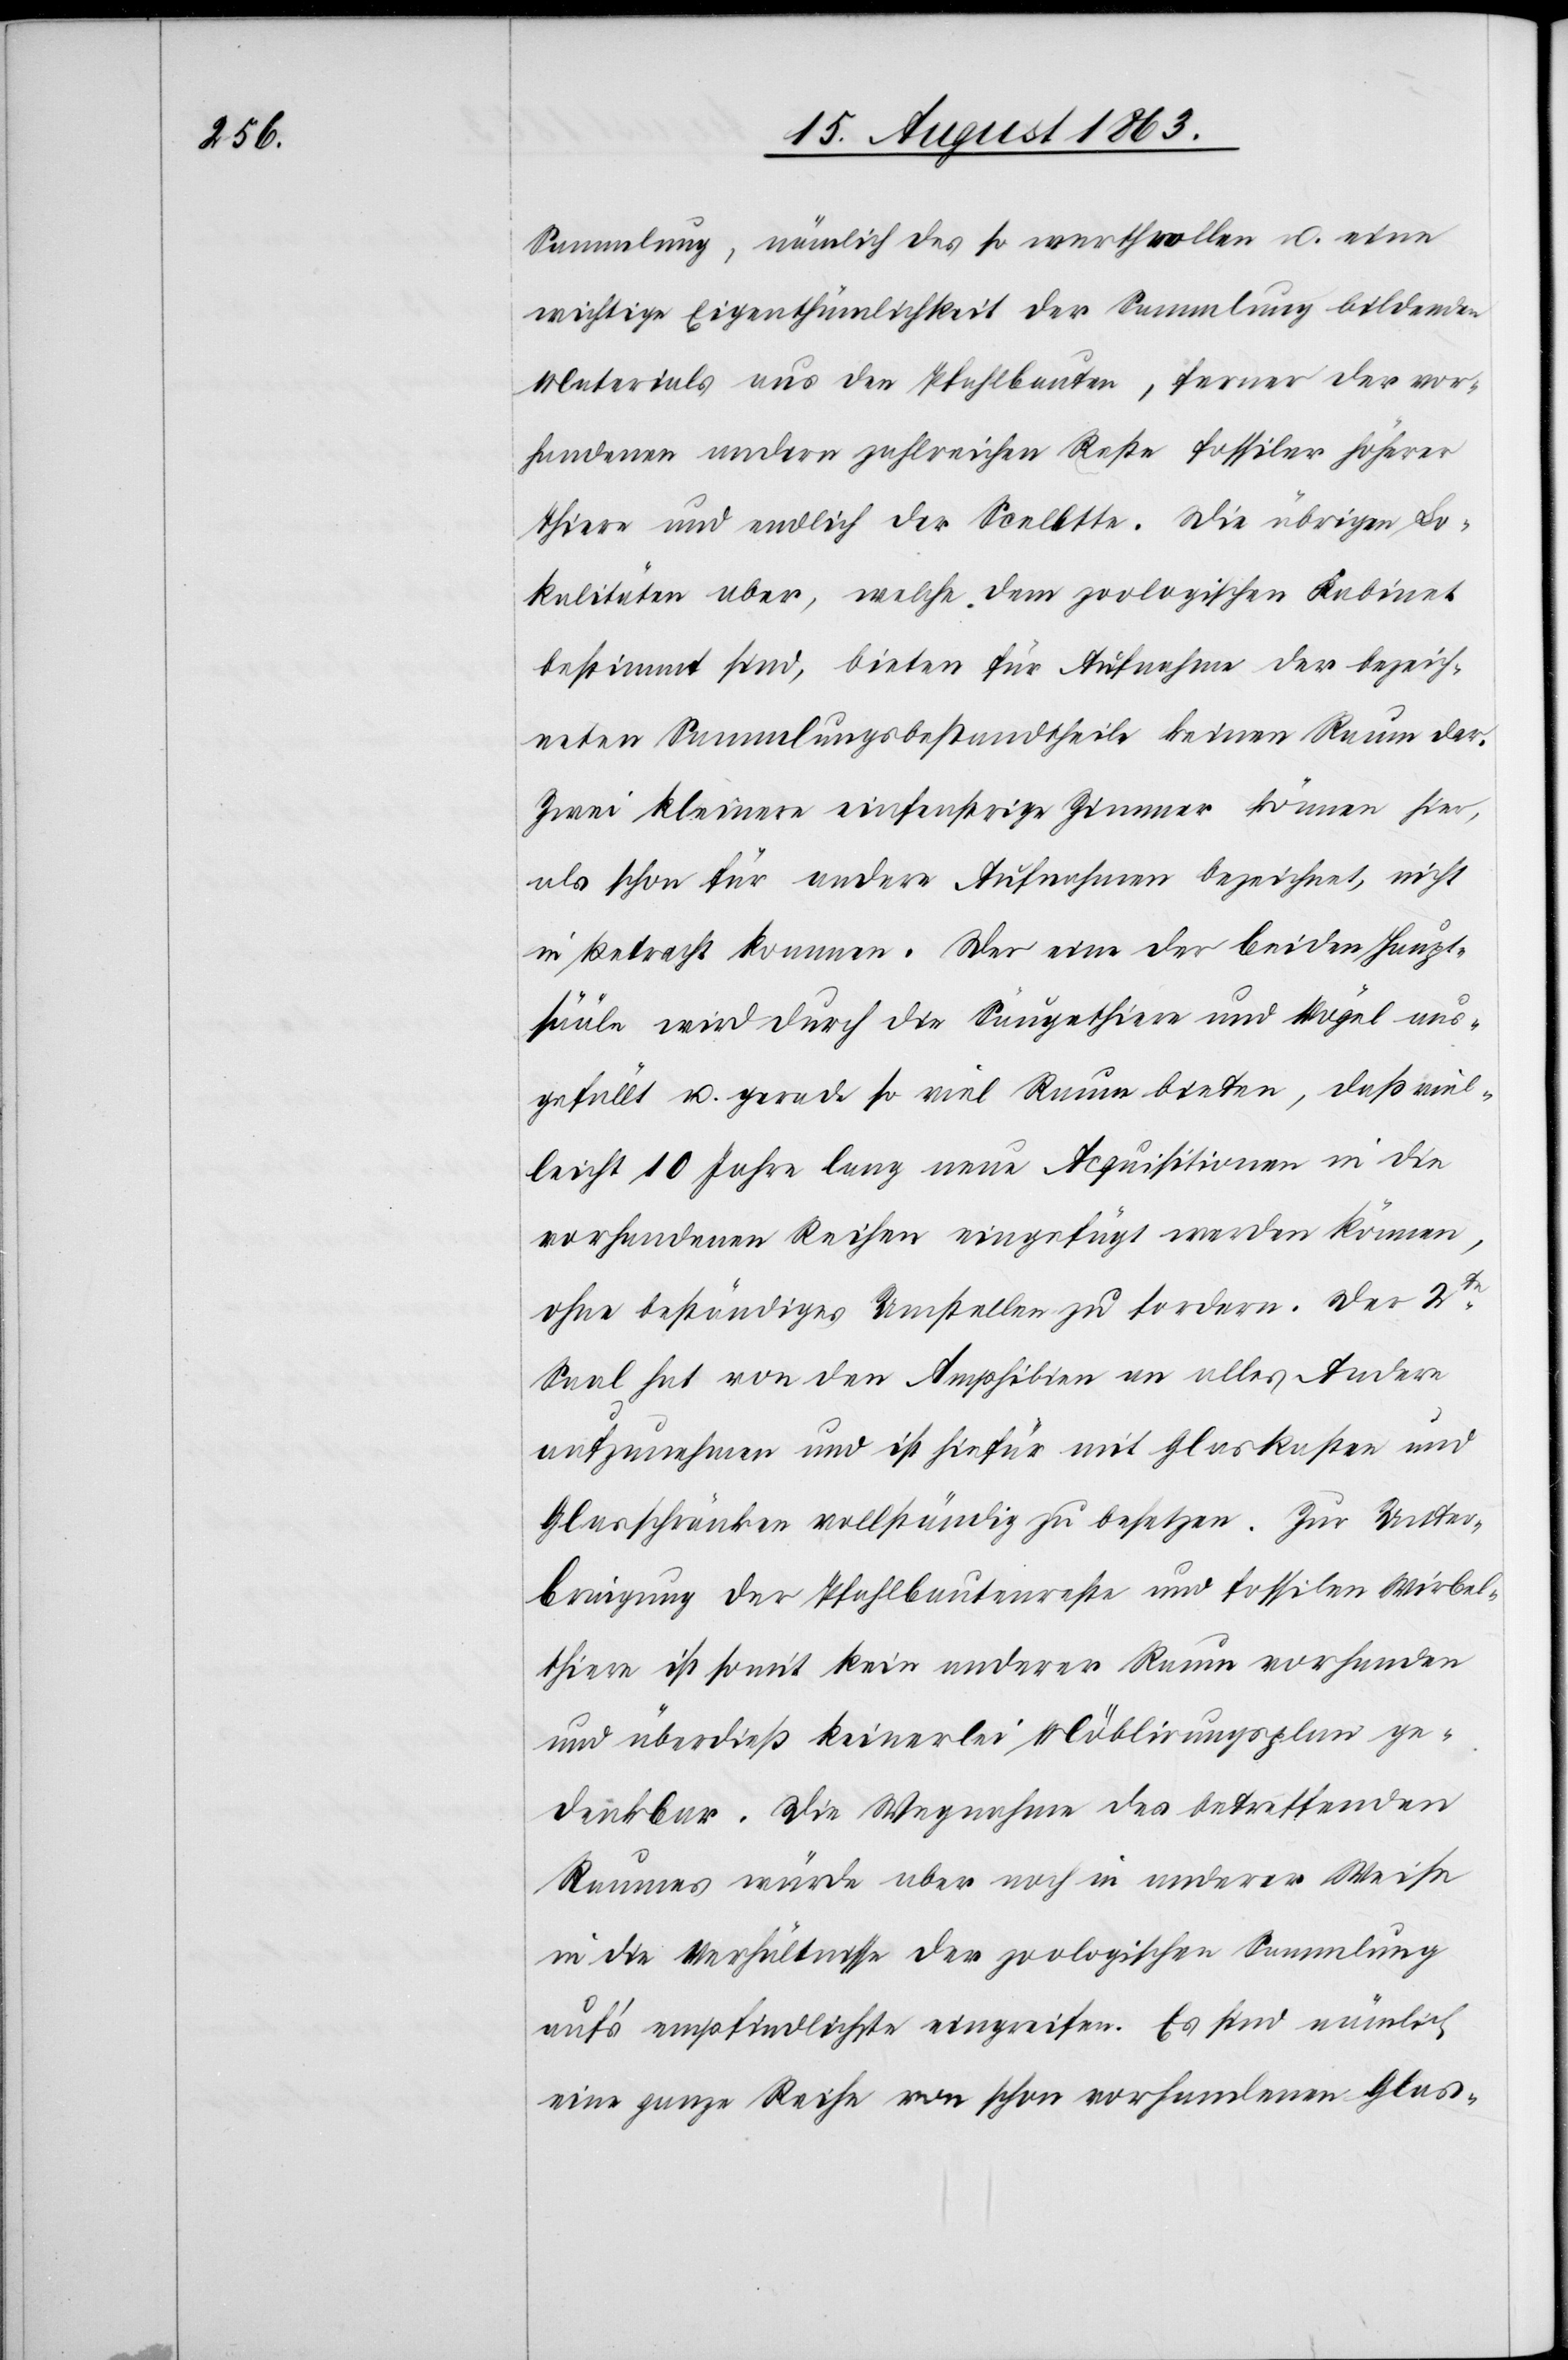
Sammlung, nämlich des so werthvollen u. eine
wichtige Eigenthümlichkeit der Sammlung bildenden
Materials aus den Pfahlbauten, ferner der vor¬
handenen andern zahlreichen Reste fossiler höherer
Thiere und endlich der Scelette. Die übrigen Lo¬
kalitäten aber, welche dem zoologischen Kabinet
bestimmt sind, bieten für Aufnahme der bezeich¬
neten Sammlungsbestandtheile keinen Raum dar.
Zwei kleinere einfenstrige Zimmer können hier,
als schon für andere Aufnahmen bezeichnet, nicht
in Betracht kommen. Der eine der beiden Haupt¬
sääle wird durch die Säugethiere und Vögel aus¬
gefüllt u. gerade so viel Raum bieten, daß viel¬
leicht 10 Jahre lang neue Acquisitionen in die
vorhandenen Reihen eingefügt werden können,
ohne beständiges Umstellen zu fordern. Der 2te
Saal hat von den Amphibien an alles Andere
aufzunehmen und ist hiefür mit Glaskasten und
Glasschränken vollständig zu besetzen. Zur Unter¬
bringung der Pfahlbautenreste und fossilen Wirbel¬
thiere ist somit kein anderer Raum vorhanden
und überdieß keinerlei Möblirungsplan ge¬
denkbar. Die Wegnahme des betreffenden
Raumes würde aber noch in anderer Weise
in die Verhältnisse der zoologischen Sammlung
auf's empfindlichste eingreifen. Es sind nämlich
eine ganze Reihe von schon vorhandenen Glas-